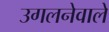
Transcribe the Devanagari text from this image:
उगलनेवाले